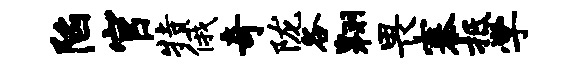
陷官特俄奇陇各翱畏寨抵学